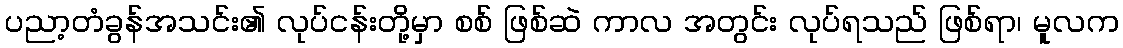
ပညာ့တံခွန်အသင်း၏ လုပ်ငန်းတို့မှာ စစ် ဖြစ်ဆဲ ကာလ အတွင်း လုပ်ရသည် ဖြစ်ရာ၊ မူလက